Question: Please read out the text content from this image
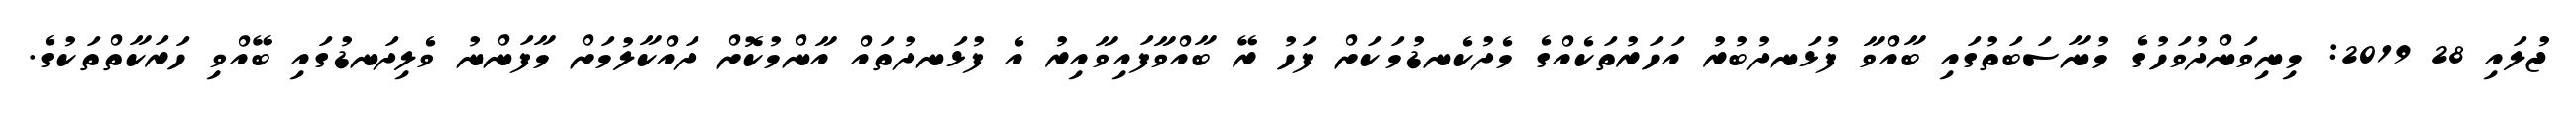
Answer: ޖުލައި 28 2019: މިނިވަންދުވަހުގެ މުނާސަބަތުގައި ބާއްވާ ފުޅަނދުބުރު އަހަރުތަކެއްގެ މެދުކެނޑުމަކަށް ފަހު ރޭ ބާއްވާފައިވާއިރު އެ ފުޅަނދުތައް އާންމުކޮށް ދައްކާލުމަށް މާފަންނު ވެލިދަނޑުގައި ބޭއްވި ހަރަކާތްތަކުގެ.